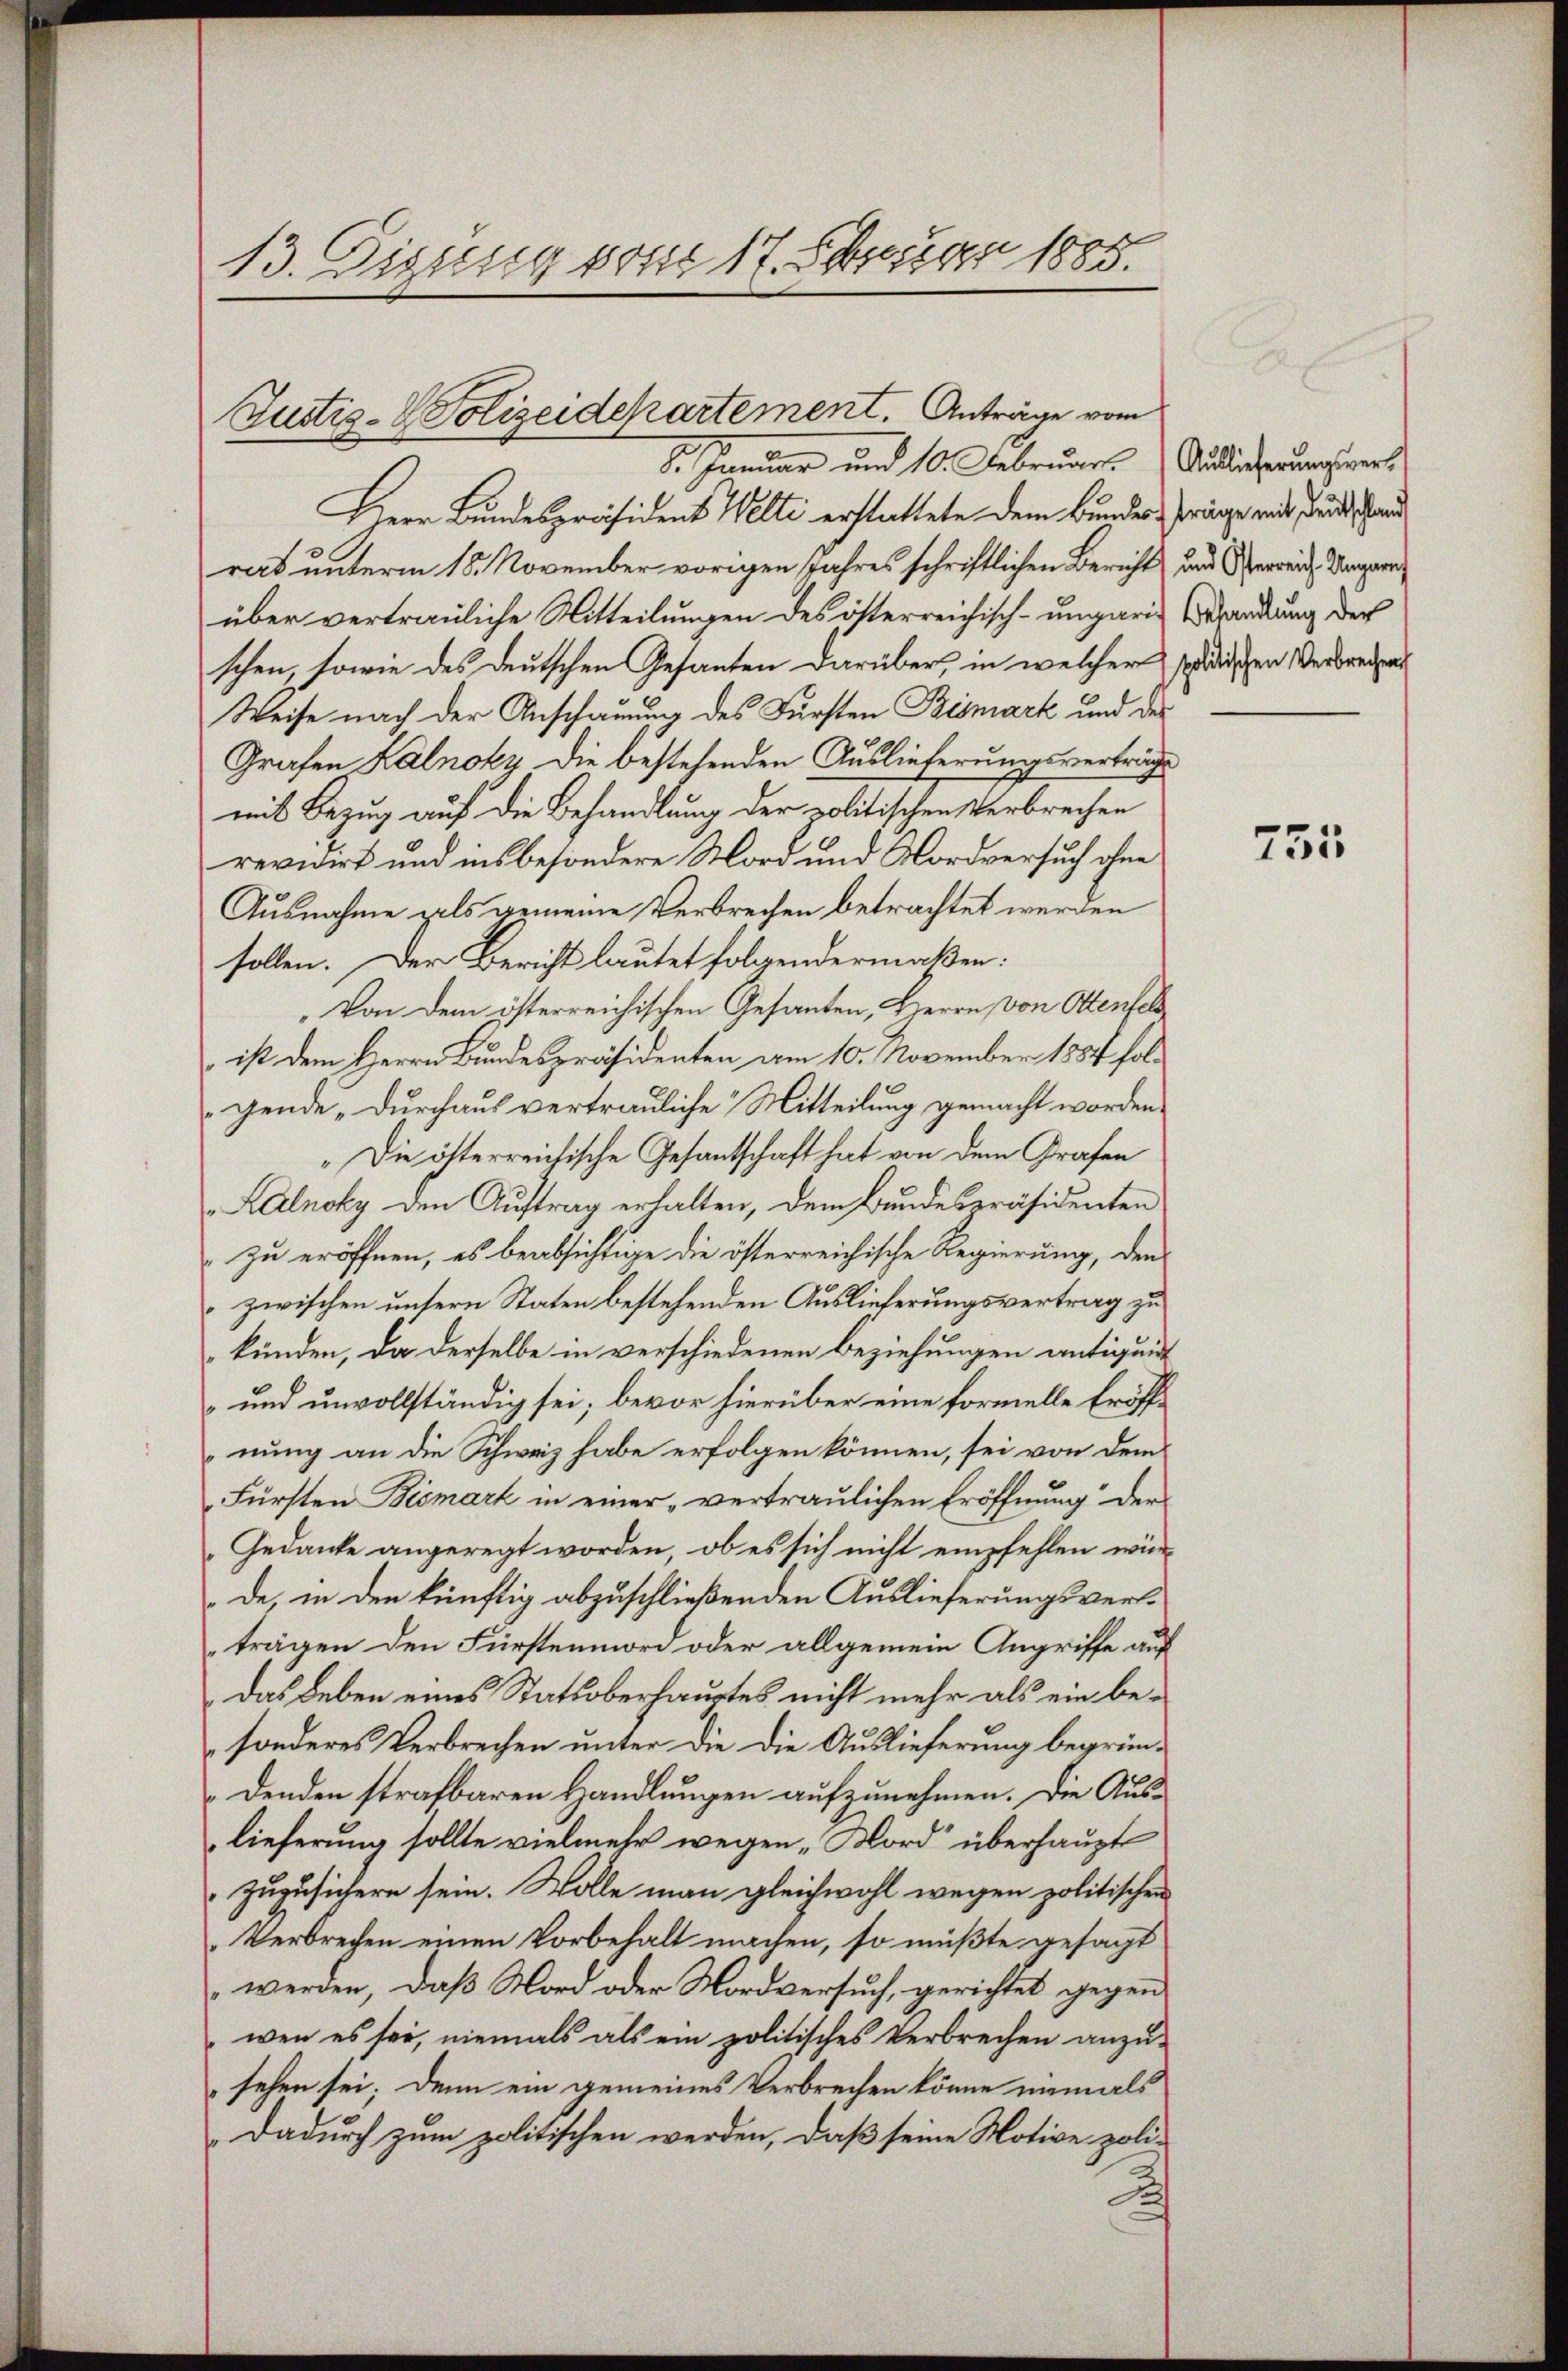
e
13. Tigung von 17. April 1885.

Justiz-Polizeidepartement. Anträge vom
8. Januar und 10. Februar. (Auslieferungsver¬

Herr Bundespräsident Welti erstattete dem Bundes Präge mit der Hand
rat unterm 15. November vorigen Jahres schriftlichen Bericht und Sperreiche Vergerr
über vertrauliche Mitteilungen des österreichisch-ungaris Wandlung der
schen, sowie des deutschen Gesanten darüber, in welcher späischen Verbrechen
Weise nach der Anschauung des Fürsten Bismark und des
Grafen Kalnoky die bestehenden Auslieferungsverträge
mit Bezug auf die Behandlung der politischen Verbrechen
revidirt und insbesondere Mord und Nordversuch ohne
Ausnahme gels gemeine Verbrechen betrachtet werden
sollen. Der Bericht lautet folgendermaßen:
Von dem österreichischen Gesanten, Herrn von Ottenfel
ist dem Herrn Bundespräsidenten am 10. November 1854 folgende „Durchaus vertrauliche Mitteilung gemacht worden.
„Die österreichische Gesantschaft hat von dem Grafen
Alelnoky den Auftrag erhalten, dem Bundespräsidenten
zu eröffnen, es beabsichtige die österreichische Regierung, den
zwischen unsern Staten bestehenden Auslieferungsvertrag zu
künden, da derselbe in verschiedenen Beziehungen antiquit
und unvollständig sei; bevor hierüber eine formelle Eröffnung an die Schweiz habe erfolgen können, sei von dem
Fürsten Bismark in einer „vertraulichen Eröffnung der
Gedanke angeregt worden, ob es sich nicht empfehlen wür-
de in den künftig abzuschließenden Auslieferungsverlträgen den Fürstenmord oder allgemein Angriffe auf
Das Leben eines Statsoberhauptes nicht mehr als ein besonderes Verbrechen unter die die Auslieferung begrün-
denden strafbaren Handlungen aufzunehmen. Die Auslieferung sollte vielmehr wegen „Mord überhaupt
zuzusichern sein. Wolle man gleichwohl wegen politischen
Verbrechen einen Vorbehalt machen, so müßte gesagt
werden, daß Mord oder Mordversuch, gerichtet gegen
wenn es sei, niemals als ein politisches Verbrechen anzu-
sehen sei; denn ein gemeines Verbrechen könne niemals
Dadurch zum politischen werden, daß seine Notive poli-
Jah

755